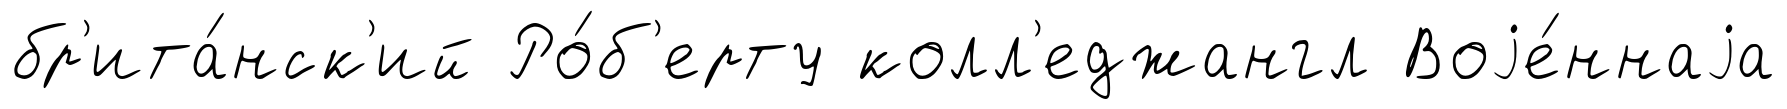
бр'ита́нск'ий Ро́б'ерту колл'еджангл Воjе́ннаjа